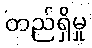
တည်ရှိမှု